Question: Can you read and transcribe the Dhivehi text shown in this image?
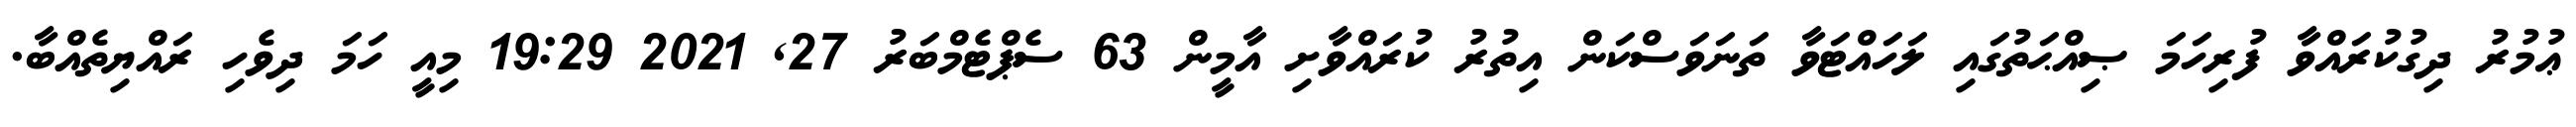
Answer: ޢުމުރު ދިގުކުރައްވާ ފުރިހަމަ ޞިއްޙަތުގައި ލަހައްޓަވާ ތަނަވަސްކަން އިތުރު ކުރައްވާށި އާމީން 63 ސެޕްޓެމްބަރު 27, 2021 19:29 މިއީ ހަމަ ދިވެހި ރައްޔިތެއްބާ.